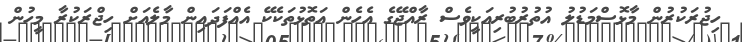
ހިޖުރަކުރުން މާޅޮސްމަޑުލު އުތުރުބުރިއަކީވެސް ރާއްޖޭގެ އެހެން އަތޮޅުތަކެކޭ އެއްފަދައިން މާލެއަށް ހިޖްރަކުރާ މީހުން